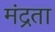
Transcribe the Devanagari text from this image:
मंद्रता